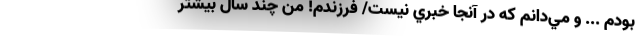
بودم ... و مي‌دانم كه در آنجا خبري نيست/ فرزندم! من چند سال بيشتر